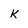
Character: K